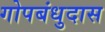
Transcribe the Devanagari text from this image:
गोपबंधुदास